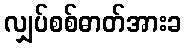
လျှပ်စစ်ဓာတ်အားခ